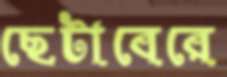
ছেটাবেরে